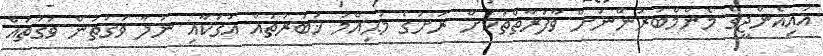
އައިއެންޖީގެ މެންމްބަރުންނަށް ވާފަރާތްތަކަށް ރަށުގެ މުޙިއްމު ޚަބަރުތައް އަގަކާއި ނުލާ ވަގުތުން ވަގުތައް